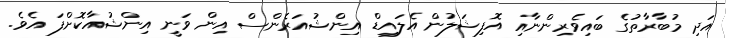
އަދި މުބާރާތުގެ ބައިވެރިންނާއި އޮފިޝަލުން އެލައިޑް އިންޝުއަރެންސް އިން ވަނީ އިންޝުއާކޮށްފަ އެވެ.